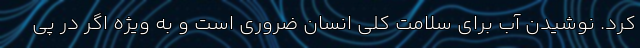
کرد. نوشیدن آب برای سلامت کلی انسان ضروری است و به ویژه اگر در پی